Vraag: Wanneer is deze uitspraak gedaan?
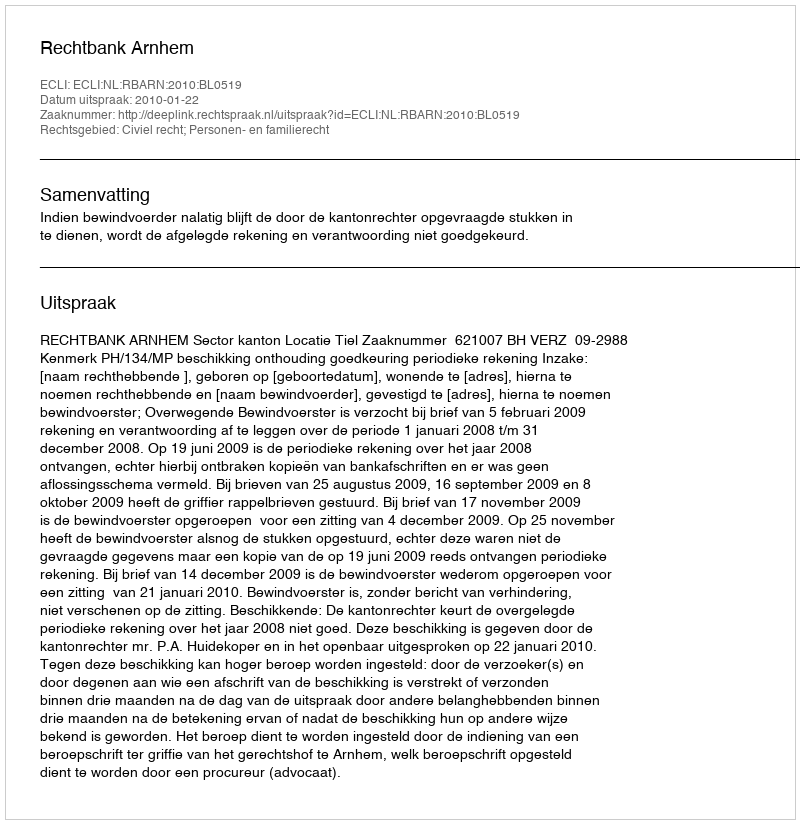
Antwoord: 2010-01-22